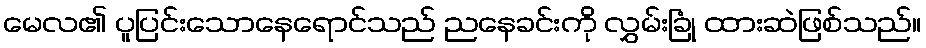
မေလ၏ ပူပြင်းသောနေရောင်သည် ညနေခင်းကို လွှမ်းခြုံ ထားဆဲဖြစ်သည်။